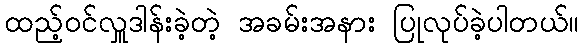
ထည့်ဝင်လှူဒါန်းခဲ့တဲ့ အခမ်းအနား ပြုလုပ်ခဲ့ပါတယ်။